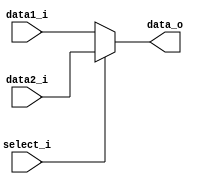
module MUX32 (
    data1_i, data2_i, select_i,
    data_o
);

input       [31:0]  data1_i, data2_i;
input               select_i;
output  reg [31:0]  data_o;

always @( * ) begin
    if ( select_i == 1 ) 
        data_o = data2_i;
    else
        data_o = data1_i;
end

endmodule

module MUX32_Forwarding (
    data1_i, data2_i, data3_i, select_i,
    data_o
);

input       [31:0]  data1_i, data2_i, data3_i;
input       [ 1:0]  select_i;
output  reg [31:0]  data_o;

always @( * ) begin
    case( select_i )
        2'b00:   data_o = data1_i;  // 00 register data
        2'b01:   data_o = data2_i;  // 01 MEM hazard (forward from MEMWB)
        2'b10:   data_o = data3_i;  // 10 EX  hazard (forward from EXMEM)
        default: data_o = data1_i;
    endcase
end

endmodule